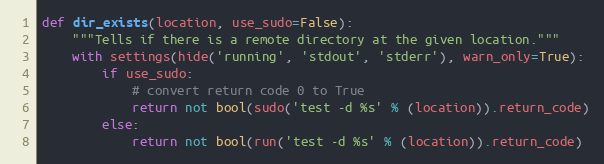
Language: Python
def dir_exists(location, use_sudo=False):
    """Tells if there is a remote directory at the given location."""
    with settings(hide('running', 'stdout', 'stderr'), warn_only=True):
        if use_sudo:
            # convert return code 0 to True
            return not bool(sudo('test -d %s' % (location)).return_code)
        else:
            return not bool(run('test -d %s' % (location)).return_code)